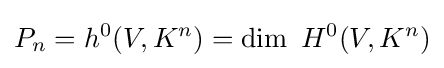
P_{n}=h^{0}(V,K^{n})=\operatorname {dim} \ H^{0}(V,K^{n})